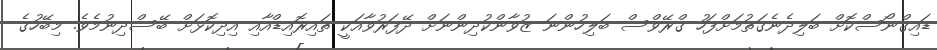
ޑައިގްނޯސްކޮށް ބަލިދެނެގަތުމަށްފަހު ގްރޭވްސް ބަލިހުންނަ ޒުވާންކުދިންނަށް ދޭފަރުވާއަކީ ތައިރޮއިޑްއާއި އިދިކޮޅަށް ބޭސްދިނުމެވެ. މިބޭހުގެ